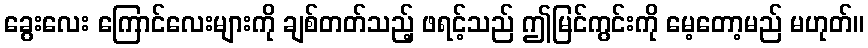
ခွေးလေး ကြောင်လေးများကို ချစ်တတ်သည့် ဖရင့်သည် ဤမြင်ကွင်းကို မေ့တော့မည် မဟုတ်။